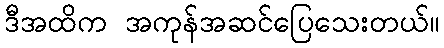
ဒီအထိက အကုန်အဆင်ပြေသေးတယ်။